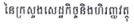
នៃក្រសួងសេដ្ឋកិច្ចនិងហិរញ្ញវត្ថុ